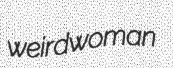
weirdwoman